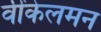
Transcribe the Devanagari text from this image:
वींकेलमन